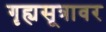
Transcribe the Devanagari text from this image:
गृह्यसूत्रावर